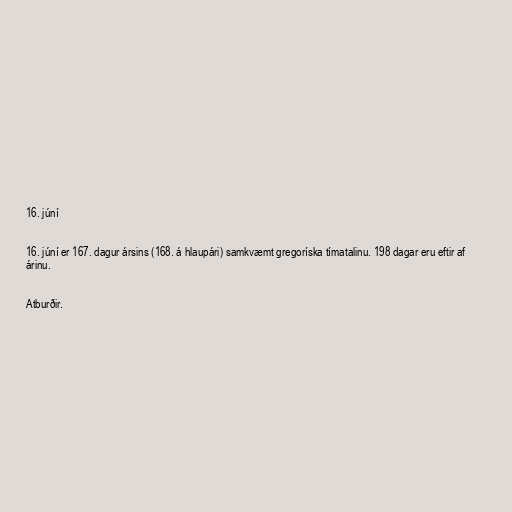
16. júní

16. júní er 167. dagur ársins (168. á hlaupári) samkvæmt gregoríska tímatalinu. 198 dagar eru eftir af
árinu.

Atburðir.